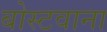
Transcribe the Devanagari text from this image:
बोस्टवाना